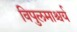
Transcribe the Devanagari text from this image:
विपुलमाश्चर्य